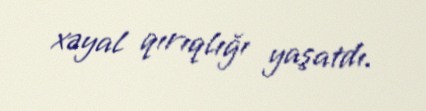
xəyal qırıqlığı yaşatdı.